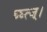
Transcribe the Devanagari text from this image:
घ्घ्त्ज्।